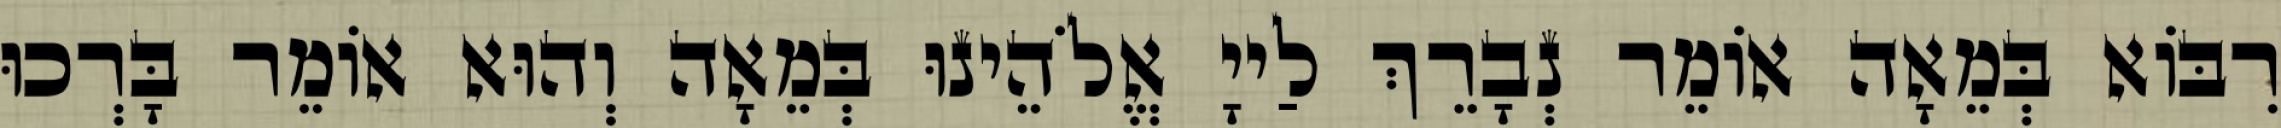
רִבּוֹא בְּמֵאָה אוֹמֵר נְבָרֵךְ לַייָ אֱלֹהֵינוּ בְּמֵאָה וְהוּא אוֹמֵר בָּרְכוּ